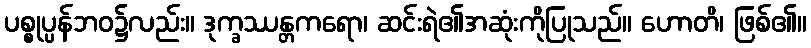
ပစ္စုပ္ပန်ဘဝ၌လည်း။ ဒုက္ခဿန္တကရော၊ ဆင်းရဲ၏အဆုံးကိုပြုသည်။ ဟောတိ၊ ဖြစ်၏။